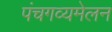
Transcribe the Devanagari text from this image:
पंचगव्यमेलन